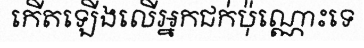
កើតឡើងលើអ្នកជក់ប៉ុណ្ណោះទេ